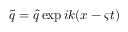
\tilde { \boldsymbol { q } } = \boldsymbol { \hat { q } } \exp { i k ( x - \varsigma t ) }